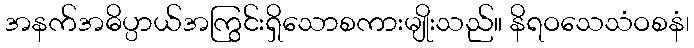
အနက်အဓိပ္ပာယ်အကြွင်းရှိသောစကားမျိုးသည်။ နိရဝသေသံဝစနံ၊